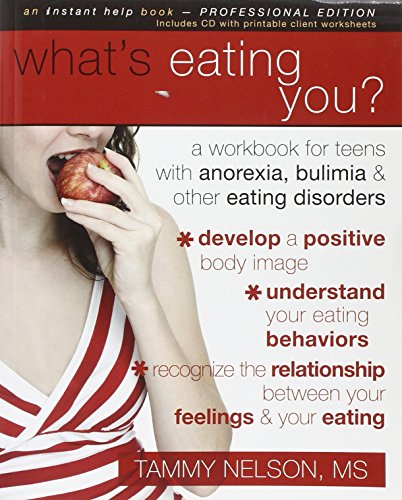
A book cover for What's Eating You?: A Workbook for Teens with Anorexia, Bulimia, and other Eating Disorders (Instant Help Solutions); Tammy Nelson PhD; Health, Fitness & Dieting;